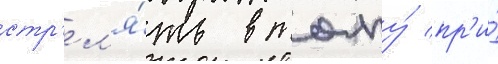
стр'ел'я́ть в толпу́ пр'и́